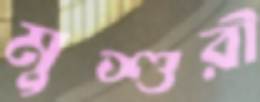
মুশুরী